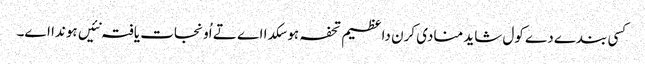
کسی بندے دے کول شاید منادی کرن دا عظیم تحفہ ہو سکدا اے تے اُو نجات یافتہ نئیں ہوندا اے۔